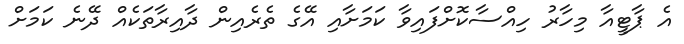
އެ ޕާޓީއާ މިހާރު ހިއްސާކޮށްފައިވާ ކަމަށާއި އޭގެ ތެރެއިން ދާއިރާތަކެއް ދޭނެ ކަމަށް